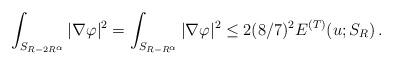
LaTeX: \begin{align*} \int_{S_{R-2R^\alpha}}|\nabla\varphi|^2= \int_{S_{R-R^\alpha}}|\nabla\varphi|^2\leq 2(8/7)^2E^{(T)}(u;S_R)\,.\end{align*}